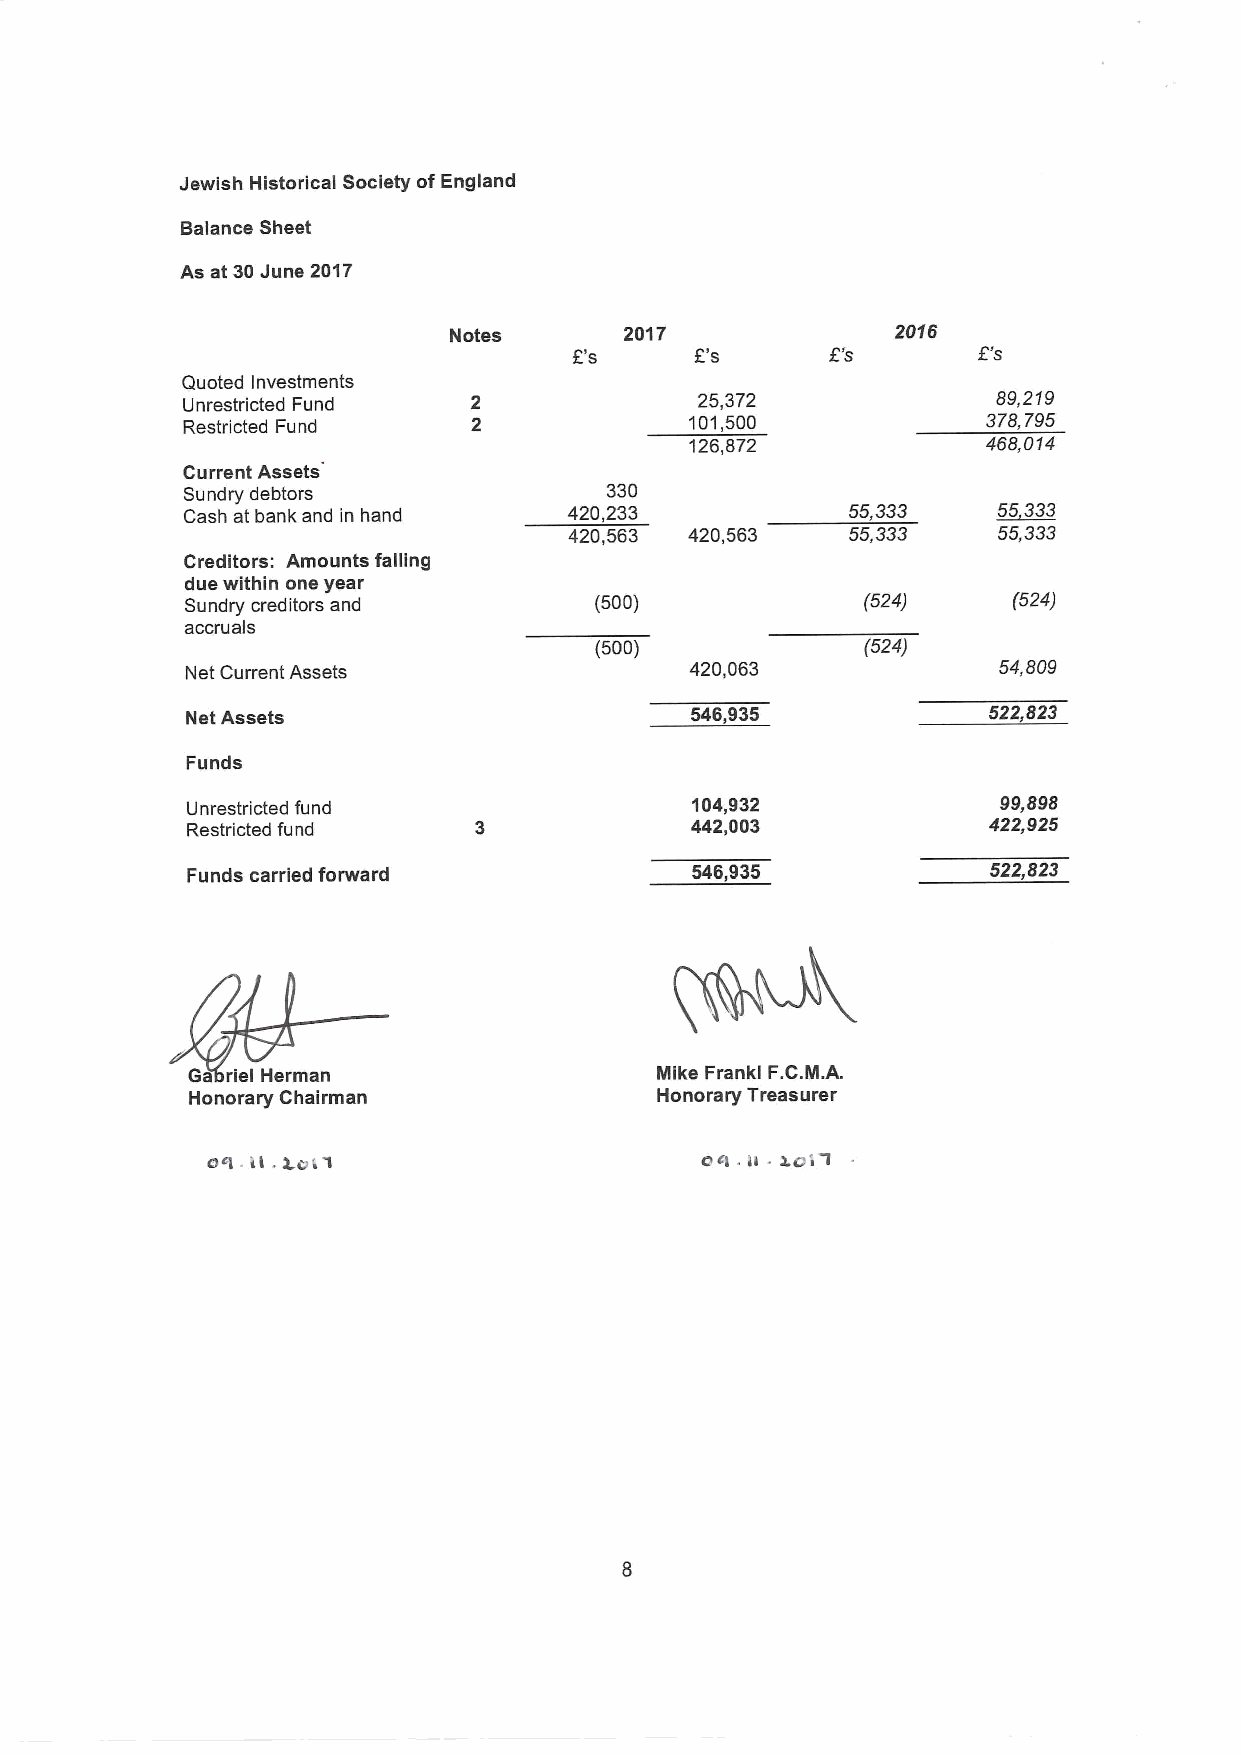
Jewish Historical Society ofEngland
 Balance Sheet
 As at 30June 2017
 Notes      2017              2016
 Fs      F's      E's
 Quoted Investments
 Unrestricted Fund                 25,372              89,219
 Restricted Fund                   101,500            378,795
 126,872            468,014
 Current Assets
 Sundry debtors              330
 Cash at bank and in hand  420,233           55,333    55333
 420,563 420,563   55,333    55,333
 Creditors: Amounts falling
 due within one year
 Sundry creditors and       (500)             (524)     (524)
 accruals
 (500)             (524)
 Net Current Assets                420,063             54,809
 Net Assets                        546,935            522,823
 Funds
 Unrestricted fund                 104,932             99,898
 Restricted fund                   442,003            422,925
 Funds carried forward             546,935            522,823
 Ga riel Herman                 Mike Frankl F.C.M.A.
 Honorary Chairman             Honorary Treasurer